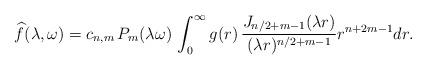
LaTeX: \begin{align*} \widehat{f}(\lambda,\omega) = c_{n,m} \, P_m(\lambda \omega) \, \int_0^\infty g(r) \, \frac{J_{n/2+m-1}(\lambda r)}{(\lambda r)^{n/2+m-1}} r^{n+2m-1} dr .\end{align*}